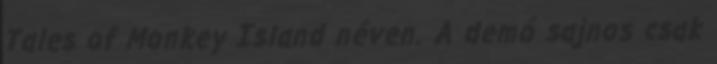
Tales of Monkey Island néven. A demó sajnos csak